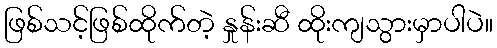
ဖြစ်သင့်ဖြစ်ထိုက်တဲ့ နှုန်းဆီ ထိုးကျသွားမှာပါပဲ။